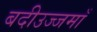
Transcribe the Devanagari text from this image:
बदीउज्जमाँ